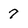
Character: 7